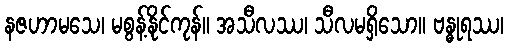
နဇဟာမသေ၊ မစွန့်နိုင်ကုန်။ အသီလဿ၊ သီလမရှိသော။ ဗန္ဓုရဿ၊